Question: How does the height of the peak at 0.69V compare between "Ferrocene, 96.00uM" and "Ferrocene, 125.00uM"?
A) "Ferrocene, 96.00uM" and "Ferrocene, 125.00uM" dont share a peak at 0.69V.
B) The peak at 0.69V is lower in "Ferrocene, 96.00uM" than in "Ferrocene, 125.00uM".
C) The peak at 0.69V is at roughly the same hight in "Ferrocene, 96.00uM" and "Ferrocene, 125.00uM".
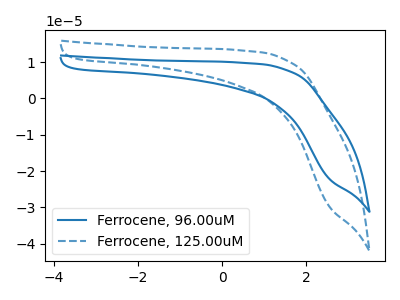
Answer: <think>The blue curve "Ferrocene, 96.00uM" has no peaks. The blue dashed curve "Ferrocene, 125.00uM" has no peaks.</think>
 <answer>A) "Ferrocene, 96.00uM" and "Ferrocene, 125.00uM" dont share a peak at 0.69V.</answer>
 <eval>A</eval>